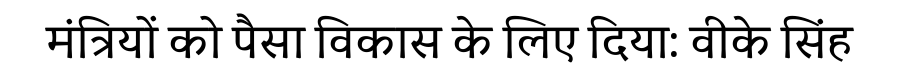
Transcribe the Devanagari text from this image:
मंत्रियों को पैसा विकास के लिए दिया: वीके सिंह